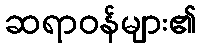
ဆရာဝန်များ၏